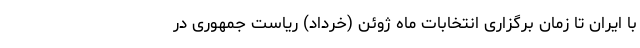
با ایران تا زمان برگزاری انتخابات ماه ژوئن (خرداد) ریاست جمهوری در